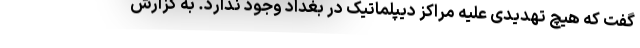
گفت که هیچ تهدیدی علیه مراکز دیپلماتیک در بغداد وجود ندارد. به گزارش